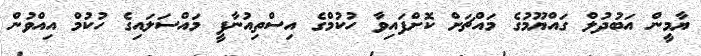
ޔާމީން އަބުދުލް ގައްޔޫމުގެ މައްޗަށް ކޮށްފައިވާ ހުކުމްގެ އިސްތިއުނާފީ މައްސަލައިގެ ހުކުމް އިއްވުން